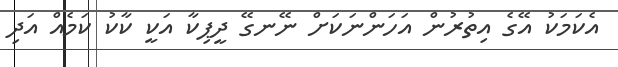
އެކަމަކު އޭގެ އިތުރުން އަހަންނަކަށް ނޭނގޭ ދީޕިކާ އަކީ ކާކު ކަމެއް އަދި